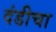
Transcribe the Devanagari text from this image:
दंडीचा